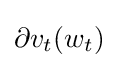
\partial v_{t}(w_{t})